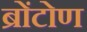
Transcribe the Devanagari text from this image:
ब्रोंटोण